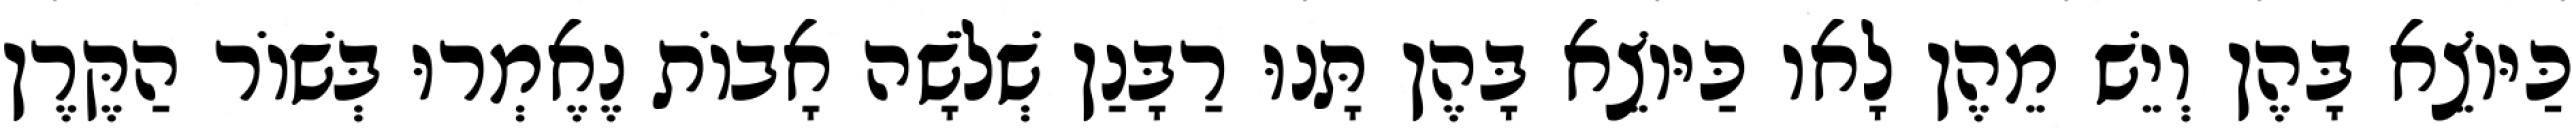
כַּיּוֹצֵא בָּהֶן וְיֵשׁ מֵהֶן לָאו כַּיּוֹצֵא בָּהֶן תָּנוּ רַבָּנַן שְׁלֹשָׁה אָבוֹת נֶאֶמְרוּ בְּשׁוֹר הַקֶּרֶן